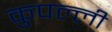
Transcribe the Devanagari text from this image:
कुपल्ली